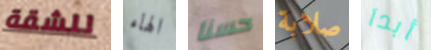
للشقة الهاء حسنا صلابة أبدآ